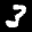
Label: 3